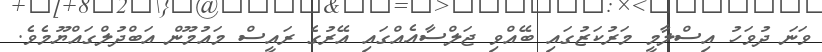
ވަނަ ދުވަހު އިސްލާމީ މަރުކަޒުގައި ބޭއްވި ޖަލްސާއެއްގައި އޭރުގެ ރައީސް މައުމޫން އަބްދުލްގައްޔޫމެވެ.